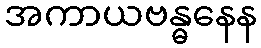
အကာယဗန္ဓနေန